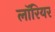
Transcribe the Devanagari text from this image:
लॉरियर